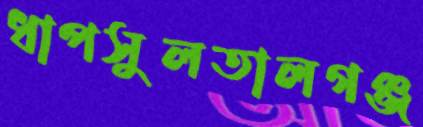
ধাপসুলতালগঞ্জ